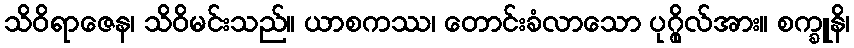
သိဝိရာဇေန၊ သိဝိမင်းသည်။ ယာစကဿ၊ တောင်းခံလာသော ပုဂ္ဂိုလ်အား။ စက္ခူနိ၊